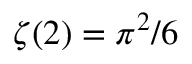
\zeta ( 2 ) = \pi ^ { 2 } / 6